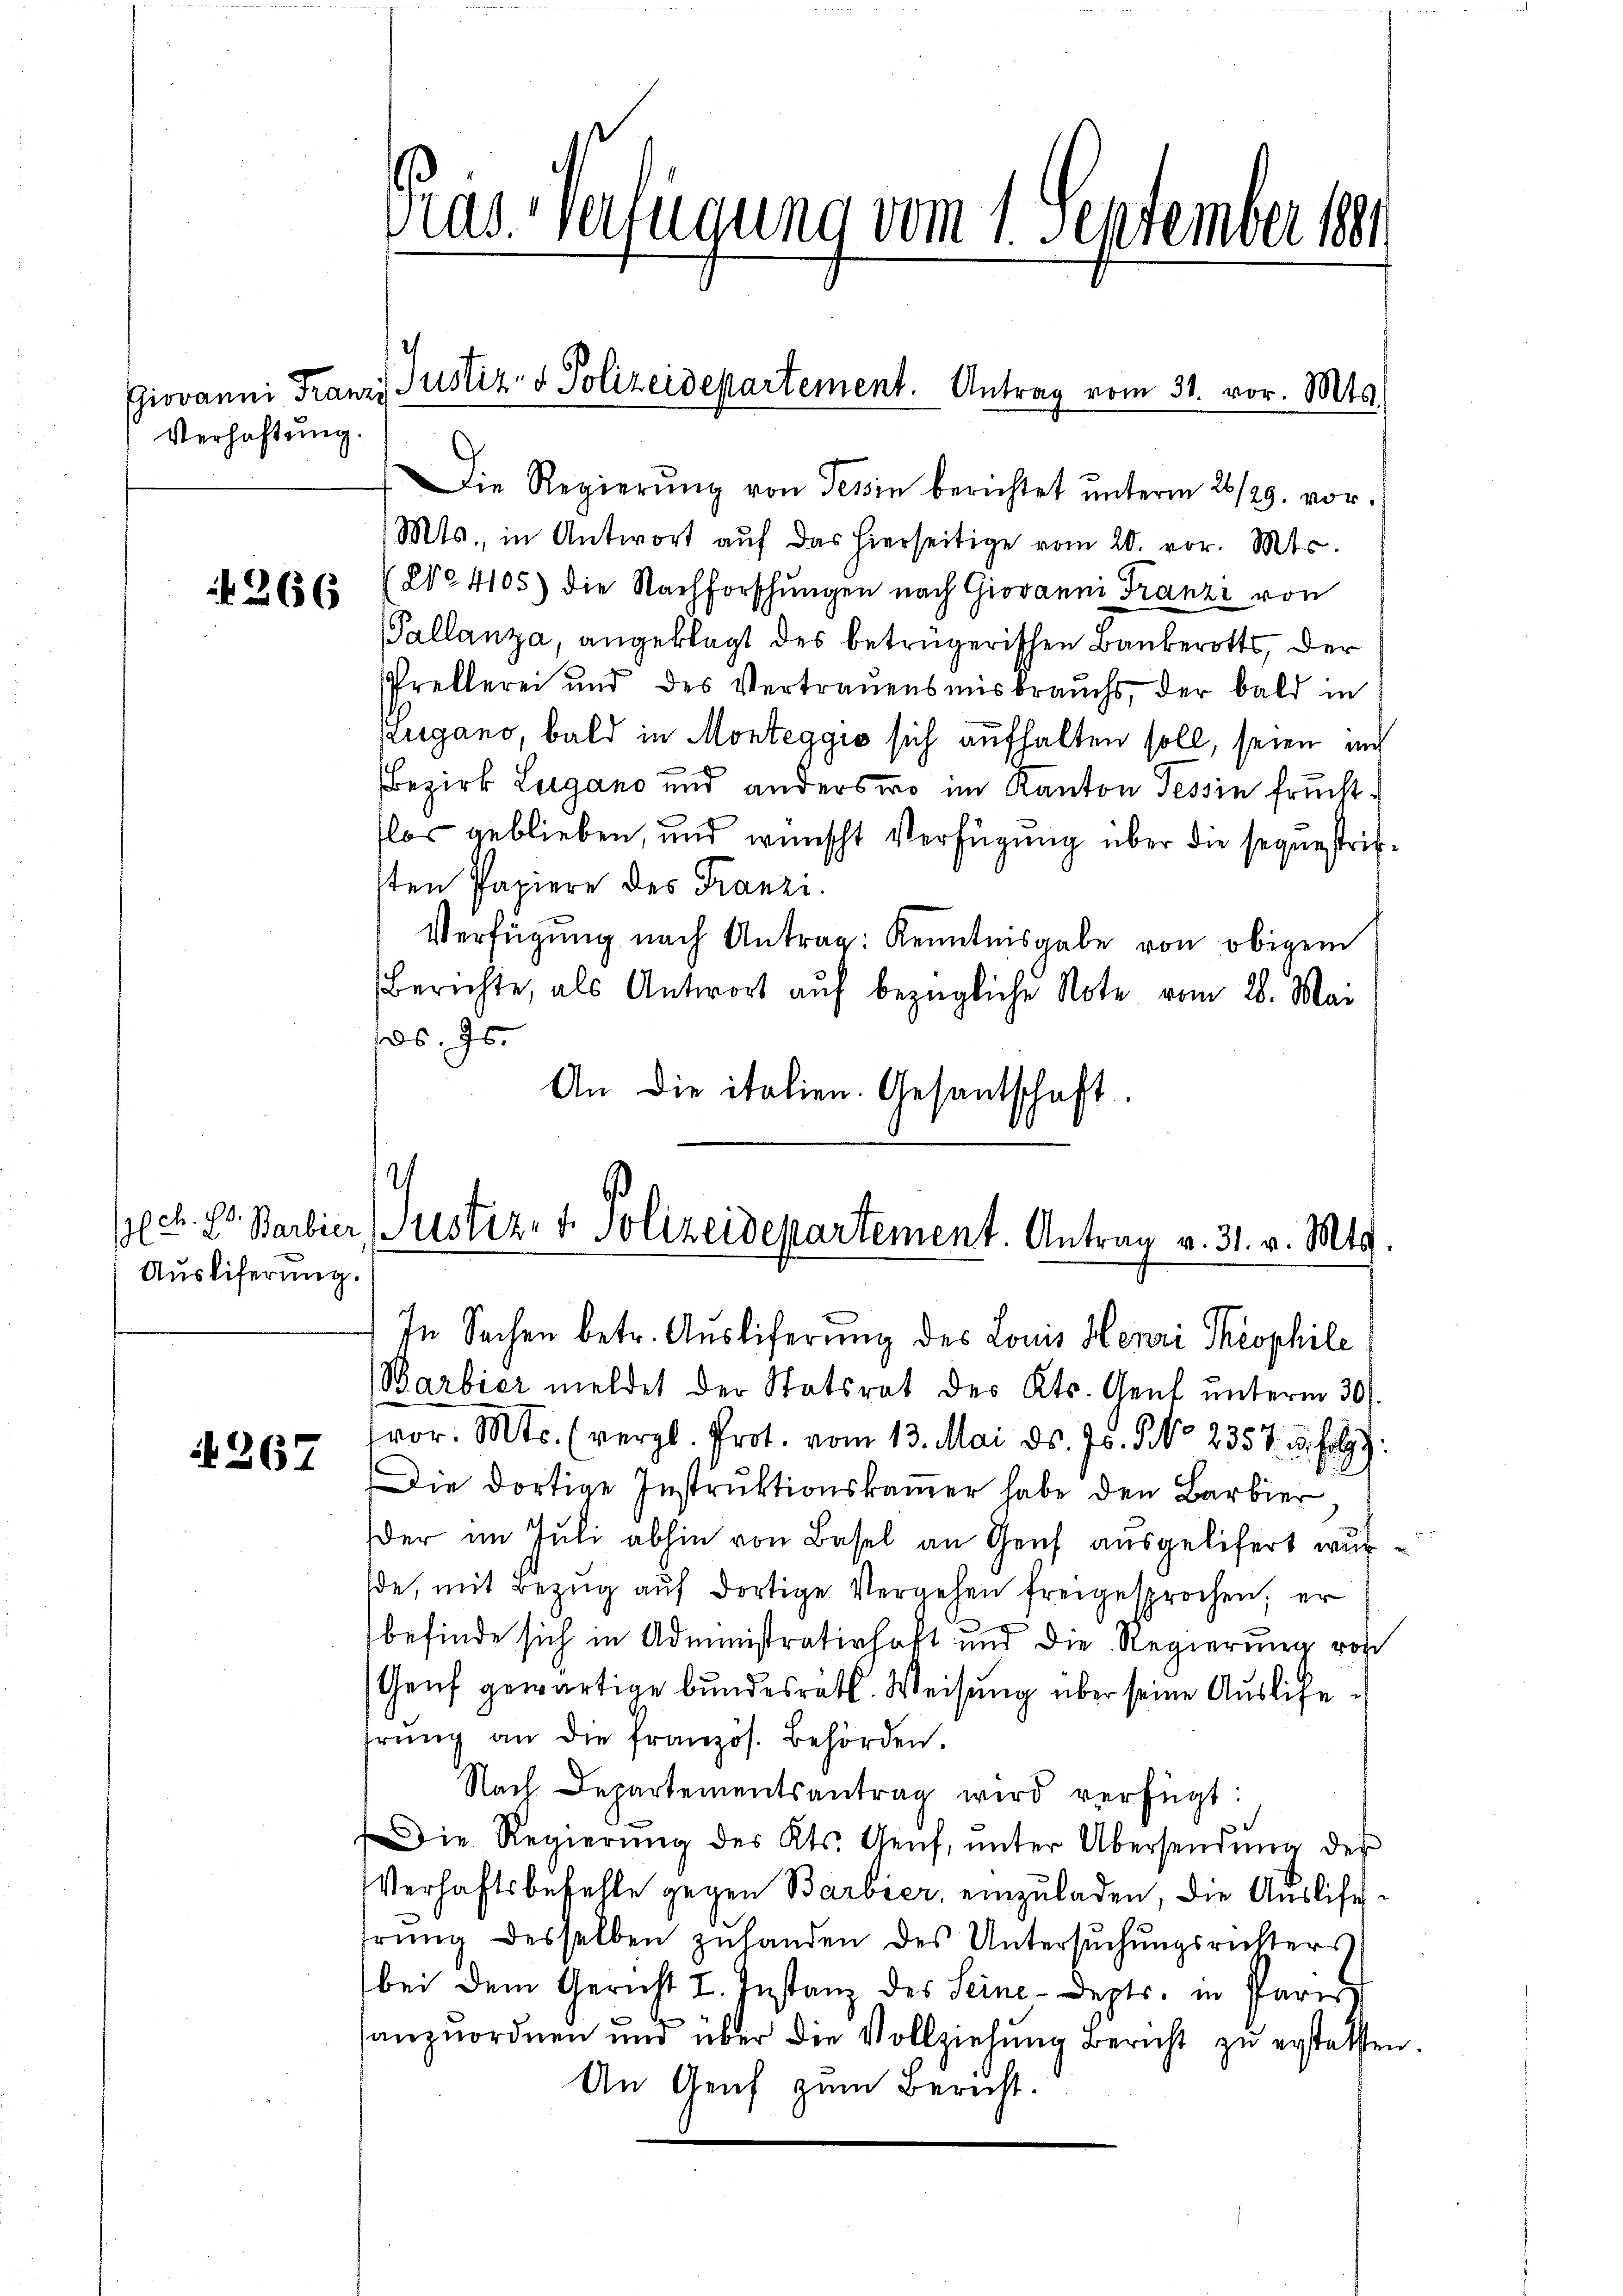
Verhaftung.

266

lch. E. Barbier
Ausliferung.

A 267

Die Regierŭng von Tessin berichtet ŭnterm 26/29. vor.
Mts., in Antwort aŭf das hierseitige vom 20. vor. Mts.
2o 4105) die Nachforschungen nach Giovanni Franzi von
Pallanza, angeklagt des betrügerischen Bankerotts, der
Pretlerei und des Vertrauensmisbrauchs, der bald in
Zugano, bald in Monteggis sich aufhalten soll, seien auch
Bezirk Lugano und anders wo im Kanton Tessin fruchttlos geblieben, und wünscht Verfügung über die sequestricsten Papiere des Franzi
Verfügŭng nach Antrag: Kenntnisgabe von obigem
Berichte, als Antwort aŭf bezügliche Note vom 28. Mai
os. Js.
An die italien. Gesantschaft.

s
Justiz- & Polizeidepartement. Antrag v. 31. v. Mts.
In Sachen betr. Auslieferung des Louis Henri Theophile

Gras Verfügung vom 1. September 1881

Giovanni Franzi Justiz- & Polizeidepartement. Antrag vom 31. vor. Mts.

Barbier meldet der Statsrat des Kts. Genf unterm 30.
vor. Mts. (vergl. Prot. vom 13. Mai d. Js. No 2357 u. folgt:
Die dortige Instruktionskammer habe den Barbier
er im Juli abhin von Basel an Genf ausgelifert wurde, mit Bezug auf dortige Vergehen freigesprochen, er
befinde sich in Administratinhaft und die Regierung von
Genf gewärtige bundesrath. Weisung über seine Auslichehrŭng an die französ. Behörden.
Nach Departementsantrag wird verfügt:
Die Regierŭng des Kts. Genf, ŭnter Übersendŭng des
Verhaftsbefehle gegen Barbier, einzuladen, die Ausliefrŭng desselben zuhanden des Untersŭchŭngsrichters
bei dem Gericht I. Instanz des Seine-Depts. in Pari
anzuordnen und über die Vollziehung Bericht zŭ erstetsten.
An Genf zum Bericht.